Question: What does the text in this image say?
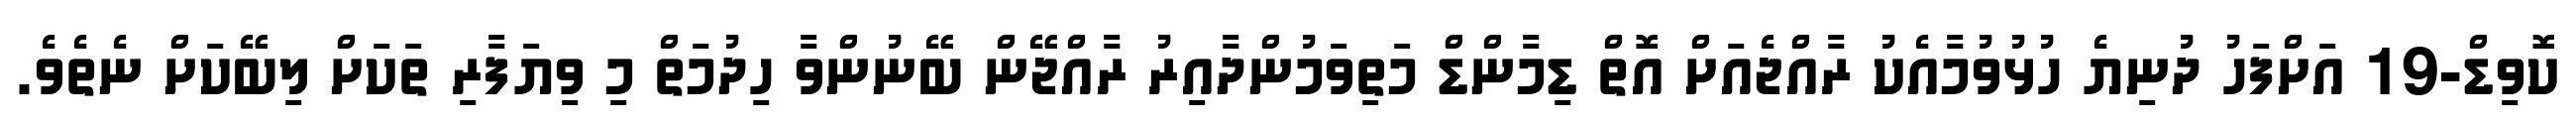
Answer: ކޮވިޑް-19 އަށްފަހު ދުނިޔެ ހުޅުވުމާއެކު ރާއްޖެއަށް އޮތް ޑިމާންޑް މަތިވަމުންދާއިރު ރާއްޖޭން ބޭނުންވާ ހިދުމަތް މި ވިޔަފާރި ތަކަށް ލިބޭކަށް ނެތެވެ.